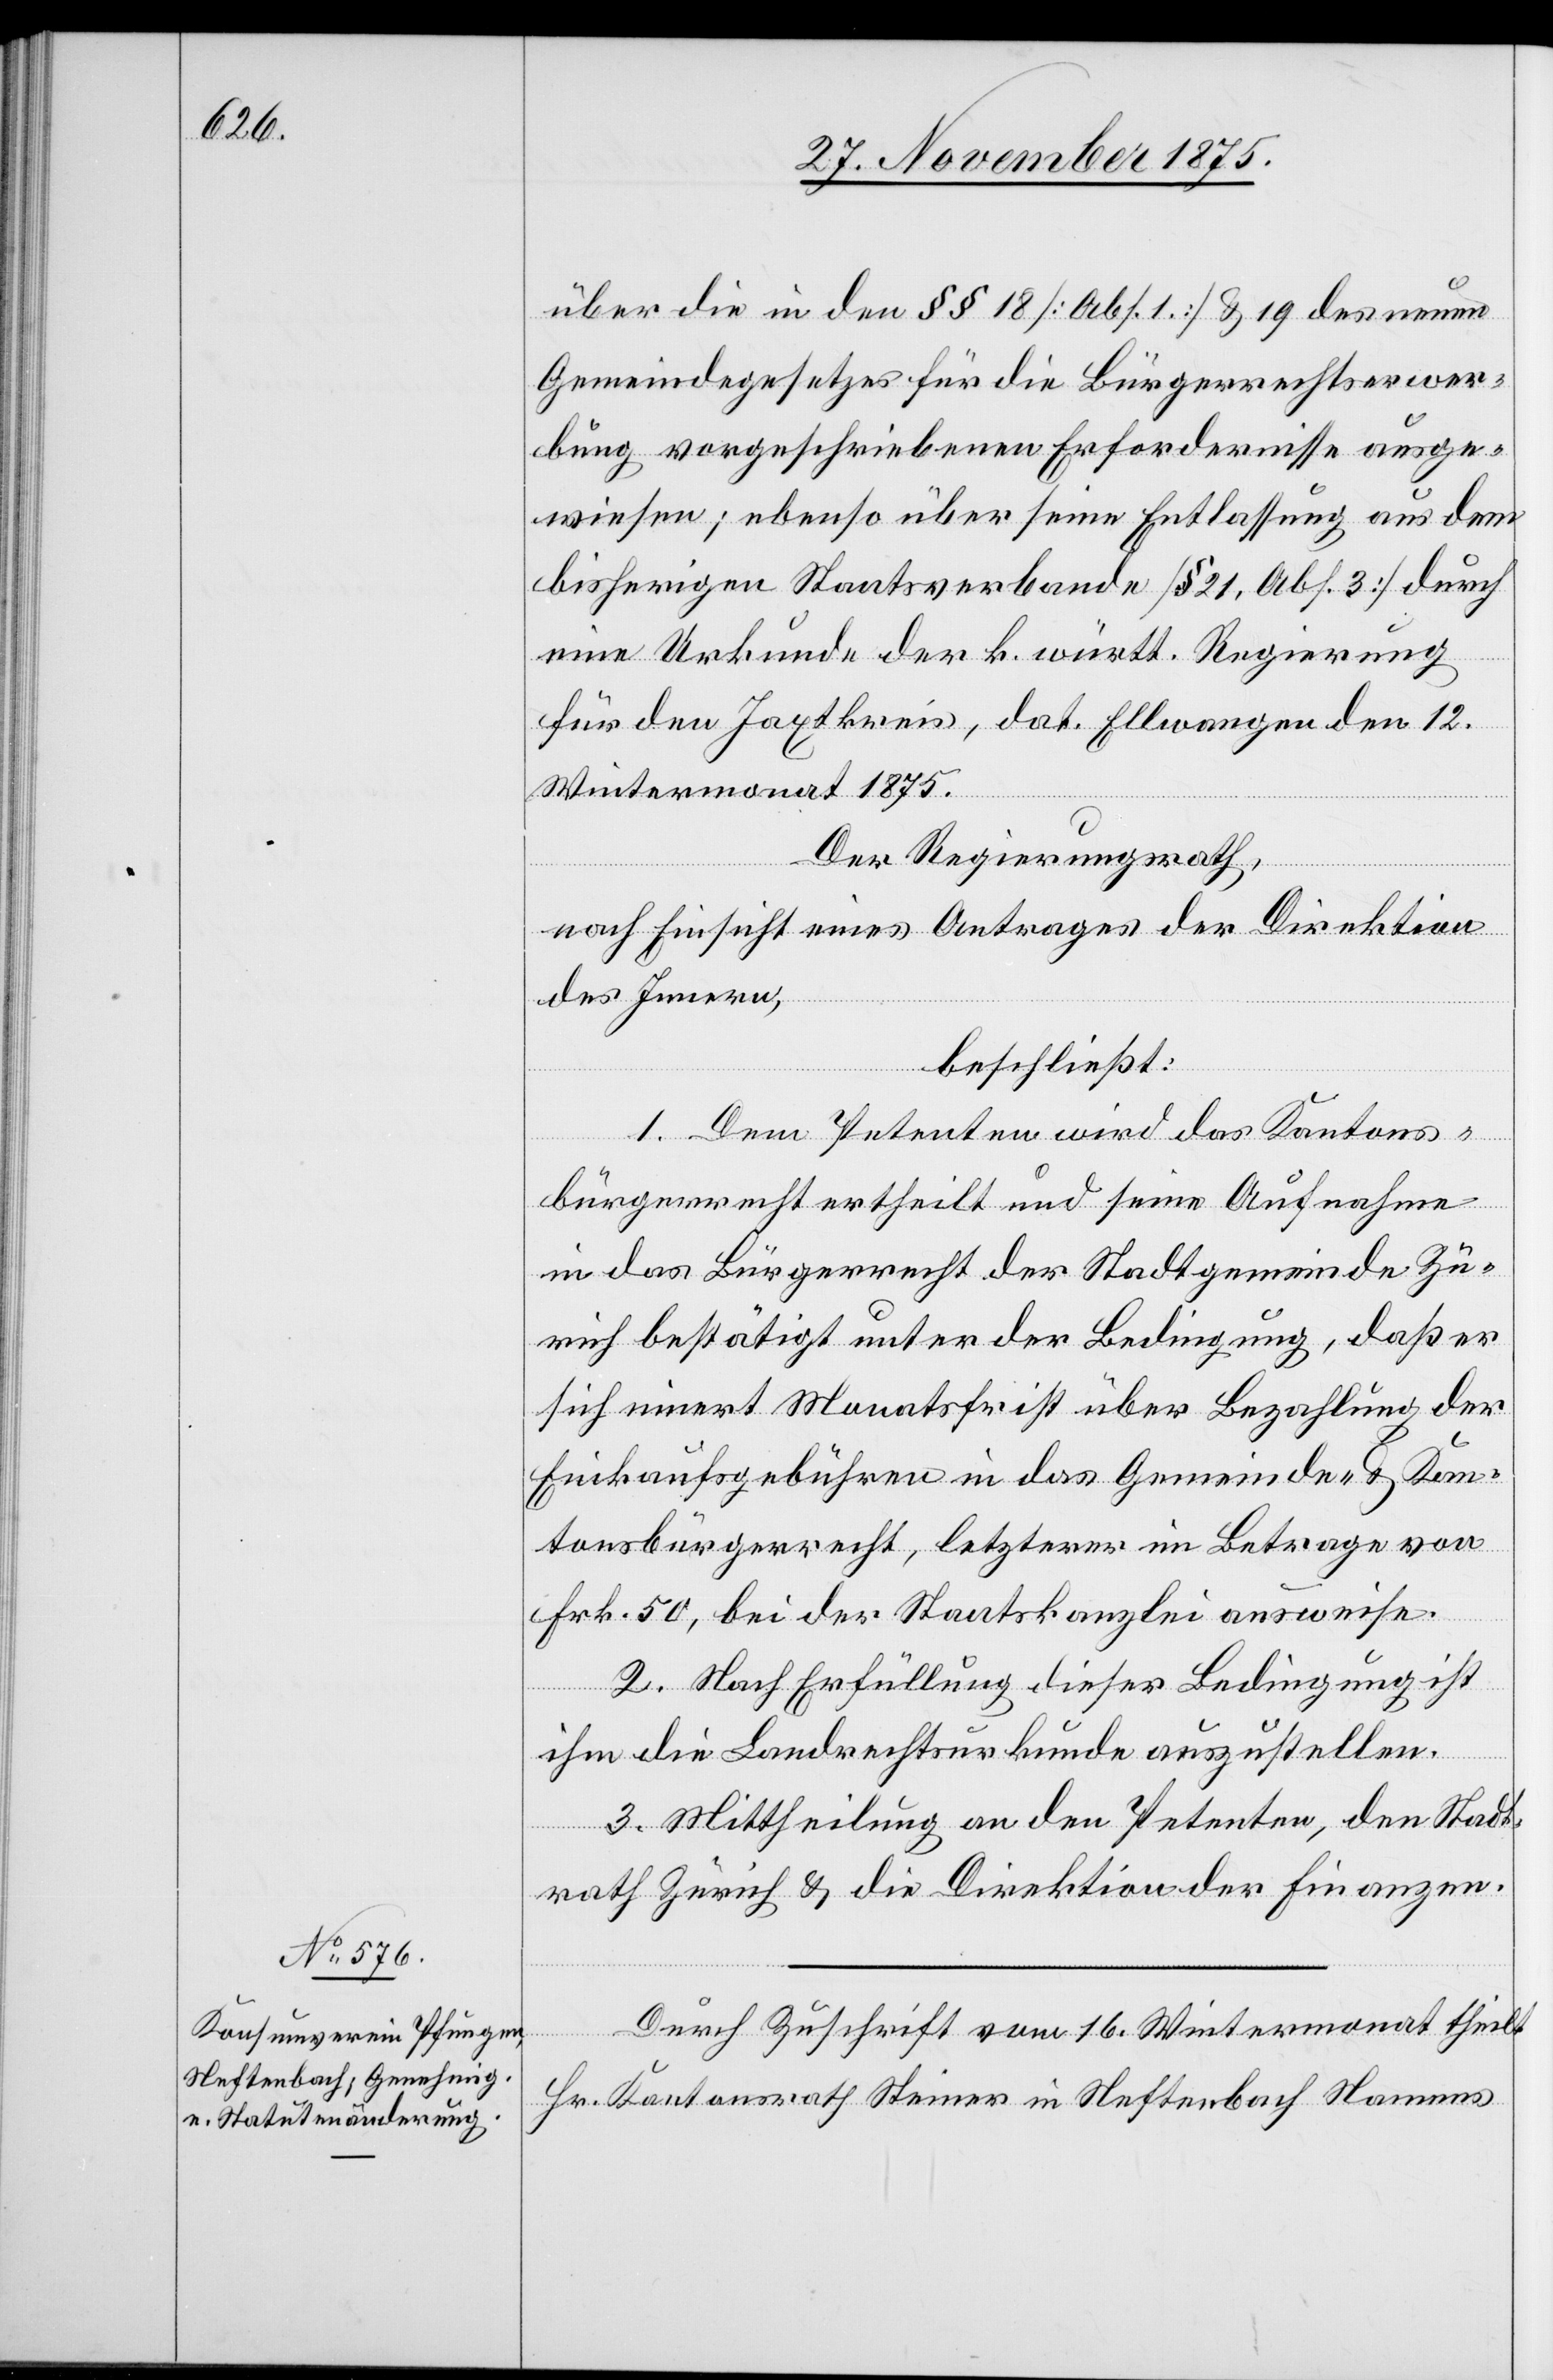
über die in den §§ 18 [Abs. 1] & 19 des neuen
Gemeindegesetzes für die Bürgerrechtserwer¬
bung vorgeschriebenen Erfordernisse ausge¬
wiesen; ebenso über seine Entlassung aus dem
bisherigen Staatsverbande [§ 21, Abs. 3] durch
eine Urkunde der k. württ. Regierung
für den Jaxtkreis, dat. Ellwangen den 12.
Wintermonat 1875.
Der Regierungsrath,
nach Einsicht eines Antrages der Direktion
des Innern,
beschließt:
1. Dem Petenten wird das Kantons¬
bürgerrecht ertheilt und seine Aufnahme
in das Bürgerrecht der Stadtgemeinde Zü¬
rich bestätigt unter der Bedingung, daß er
sich innert Monatsfrist über Bezahlung der
Einkaufsgebühren in das Gemeinde- & Kan¬
tonsbürgerrecht, letzterer im Betrage von
Frk. 50, bei der Staatskanzlei ausweise.
2. Nach Erfüllung dieser Bedingung ist
ihm die Landrechtsurkunde auszustellen.
3. Mittheilung an den Petenten, den Stadt¬
rath Zürich & die Direktion der Finanzen.
Durch Zuschrift vom 16. Wintermonat theilt
Hr. Kantonsrath Steiner in Neftenbach Namens